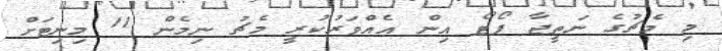
މި މެޗުގެ ނަތީޖާ ޕޯޓޯ އިން އެެއްވަރުކުރީ މެޗު ނިމެން 11 މިނިޓަށް